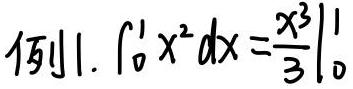
则$1.\int_{0}^{1}x^{2}dx=\left.\frac{x^{3}}{3}\right|_{0}^{1}$